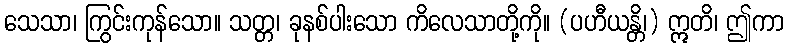
သေသာ၊ ကြွင်းကုန်သော။ သတ္တ၊ ခုနစ်ပါးသော ကိလေသာတို့ကို။ (ပဟီယန္တိ၊) ဣတိ၊ ဤကာ